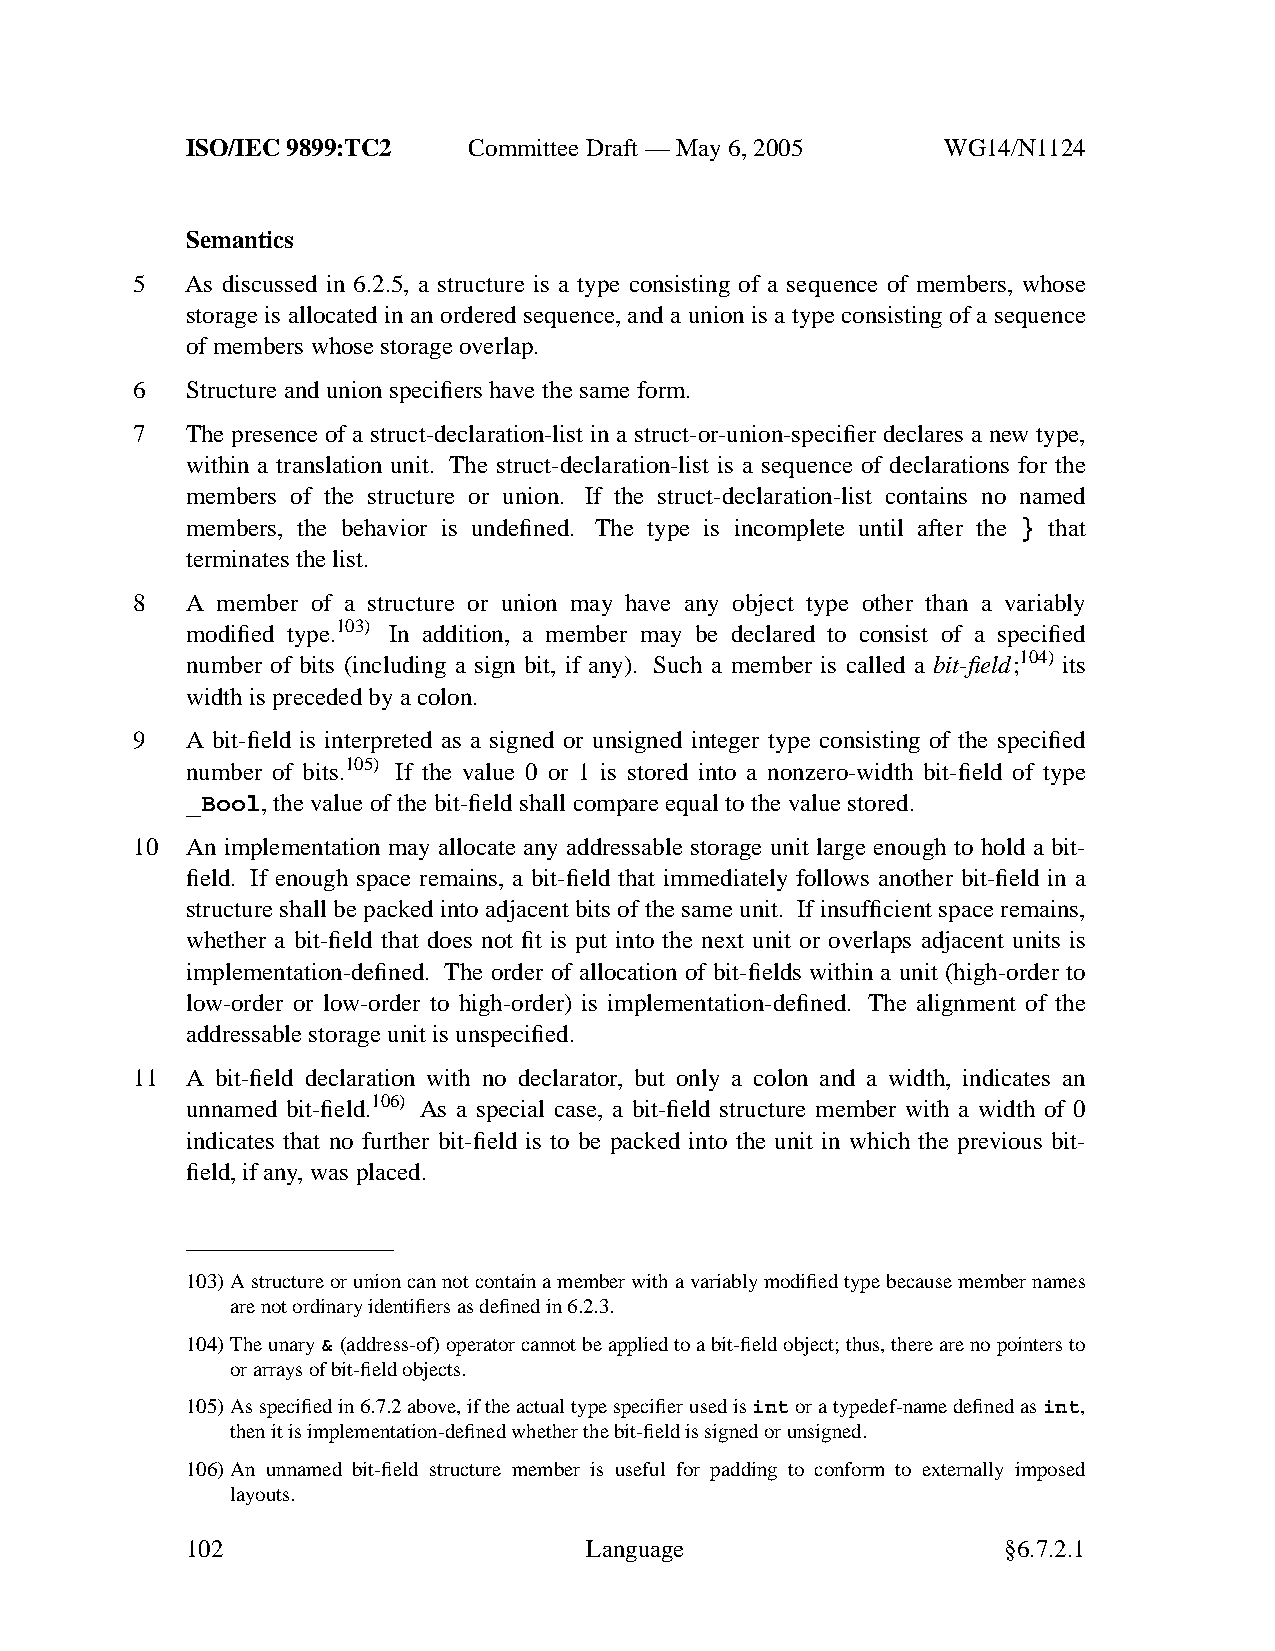
ISO/IEC 9899:TC2   Committee Draft — May 6, 2005   WG14/N1124
 Semantics
 5  As discussed in 6.2.5, a structure is a type consisting of a sequence of members, whose
 storage is allocated in an ordered sequence, and a union is a type consisting of a sequence
 of members whose storage overlap.
 6  Structure and union specifiers have the same form.
 7  The presence of a struct-declaration-list in a struct-or-union-specifier declares a new type,
 within a translation unit. The struct-declaration-list is a sequence of declarations for the
 members of the structure or union. If the struct-declaration-list contains no named
 members, the behavior is undefined. The type is incomplete until after the } that
 terminates the list.
 8  A member of a structure or union may have any object type other than a variably
 modified type.103) In addition, a member may be declared to consist of a specified
 number of bits (including a sign bit, if any). Such a member is called a bit-field;104) its
 width is preceded by a colon.
 9  A bit-field is interpreted as a signed or unsigned integer type consisting of the specified
 number of bits.105) If the value 0 or 1 is stored into a nonzero-width bit-field of type
 _Bool,the value of the bit-field shall compare equal to the value stored.
 10 An implementation may allocate any addressable storage unit large enough to hold a bit-
 field. If enough space remains, a bit-field that immediately follows another bit-field in a
 structure shall be packed into adjacent bits of the same unit. If insufficient space remains,
 whether a bit-field that does not fit is put into the next unit or overlaps adjacent units is
 implementation-defined. The order of allocation of bit-fields within a unit (high-order to
 low-order or low-order to high-order) is implementation-defined. The alignment of the
 addressable storage unit is unspecified.
 11 A bit-field declaration with no declarator, but only a colon and a width, indicates an
 unnamed bit-field.106) As a special case, a bit-field structure member with a width of 0
 indicates that no further bit-field is to be packed into the unit in which the previous bit-
 field, if any, was placed.
 103)Astructure or union can not contain a member with a variably modified type because member names
 are not ordinary identifiers as defined in 6.2.3.
 104)The unary&(address-of) operator cannot be applied to a bit-field object; thus, there are no pointers to
 or arrays of bit-field objects.
 105)As specified in 6.7.2 above,ifthe actual type specifier used isintor a typedef-name defined asint,
 then it is implementation-defined whether the bit-field is signed or unsigned.
 106)An unnamed bit-field structure member is useful for padding to conform to externally imposed
 layouts.
 102                        Language                    §6.7.2.1